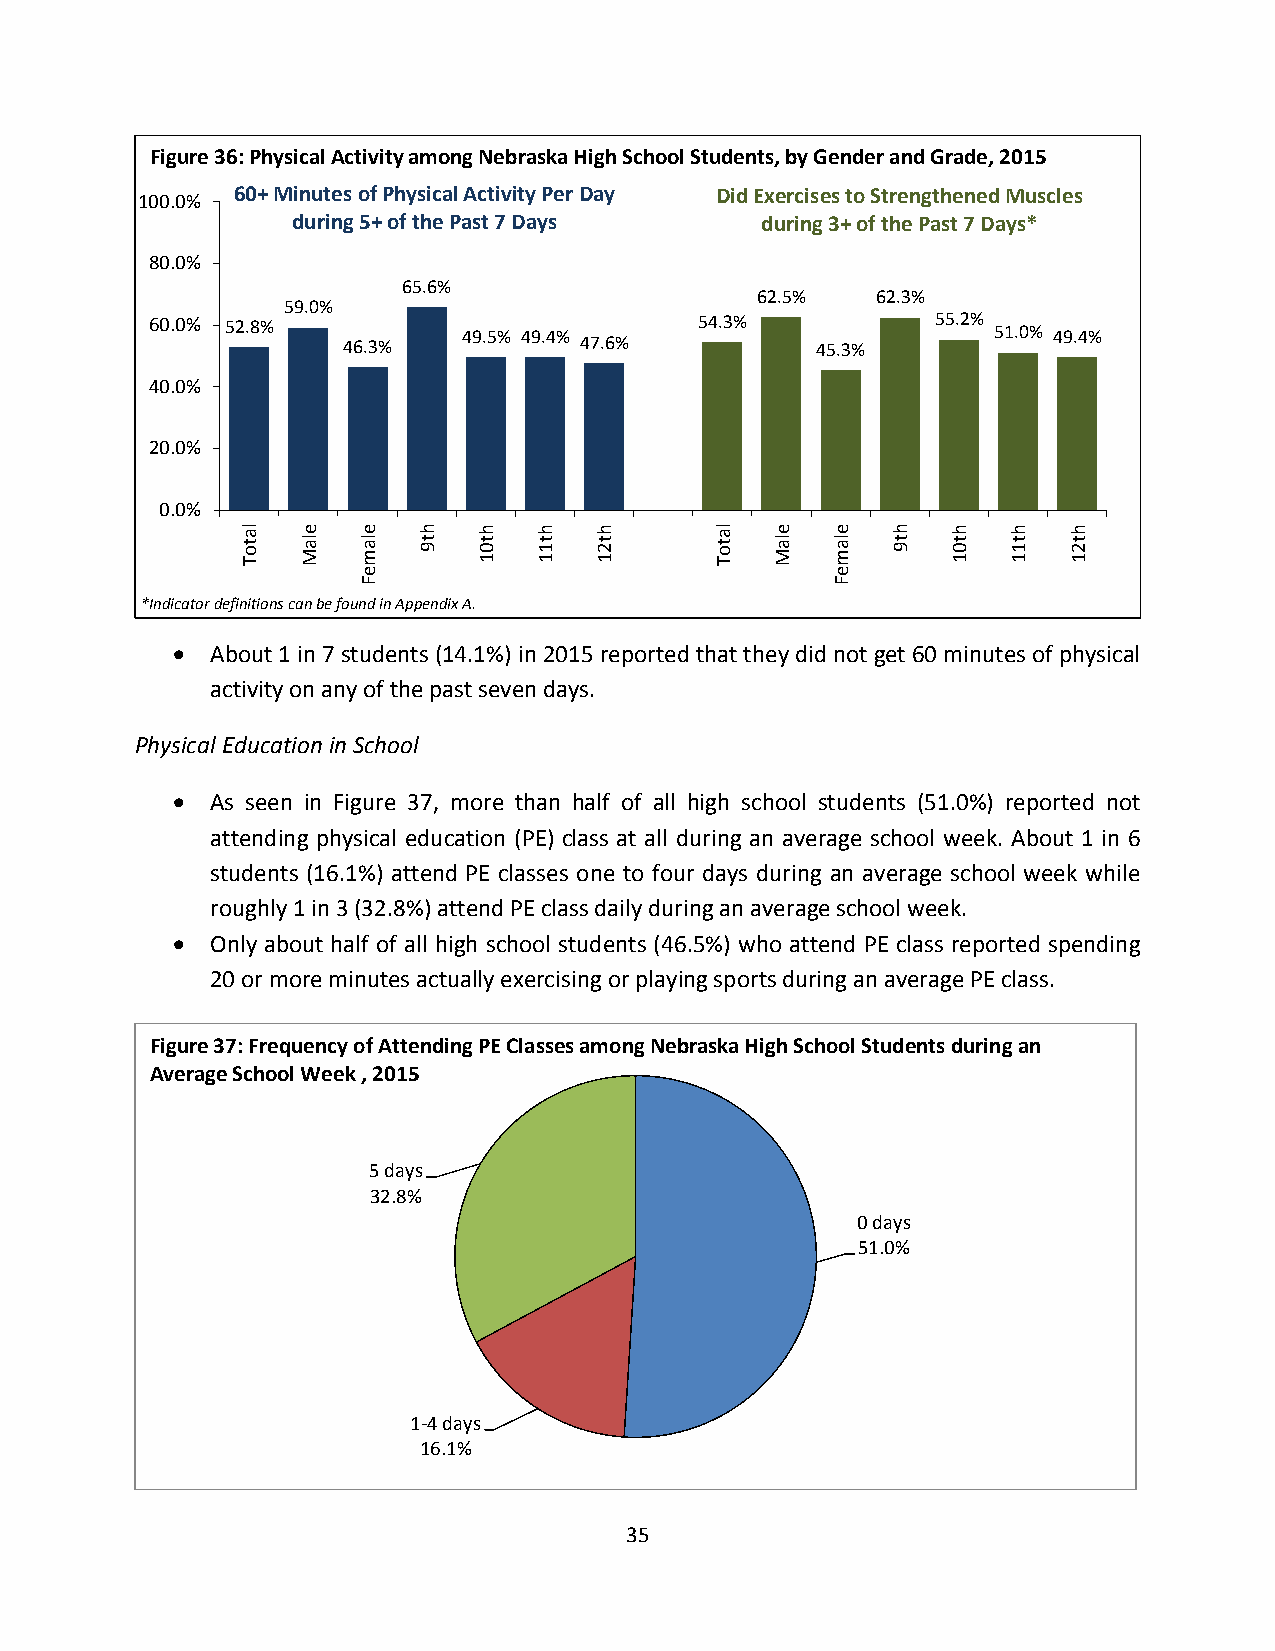
Figure 36: Physical Activity among Nebraska High School Students, by Gender and Grade, 2015
 100.0% 60+ Minutes of Physical Activity Per Day Did Exercises to Strengthened Muscles
 during 5+ of the Past 7 Days   during 3+ of the Past 7 Days*
 80.0%
 65.6%
 62.5%   62.3%
 59.0%
 60.0% 52.8%  46.3%   49.5% 49.4% 47.6% 54.3% 45.3%  55.2% 51.0% 49.4%
 40.0%
 20.0%
 0.0%
 la
 t o T
 e
 la M
 e
 la m
 h
 t 9
 h
 t 0 1
 h
 t 1 1
 h
 t 2 1
 la
 t o T
 e
 la M
 e
 la m
 h
 t 9
 h
 t 0 1
 h
 t 1 1
 h
 t 2 1
 e                              e
 F                              F
 *Indicator definitions can be found in Appendix A.
   About 1 in 7 students (14.1%) in 2015 reported that they did not get 60 minutes of physical
 activity on any of the past seven days.
 Physical Education in School
   As seen in Figure 37, more than half of all high school students (51.0%) reported not
 attending physical education (PE) class at all during an average school week. About 1 in 6
 students (16.1%) attend PE classes one to four days during an average school week while
 roughly 1 in 3 (32.8%) attend PE class daily during an average school week.
   Only about half of all high school students (46.5%) who attend PE class reported spending
 20 or more minutes actually exercising or playing sports during an average PE class.
 Figure 37: Frequency of Attending PE Classes among Nebraska High School Students during an
 Average School Week , 2015
 5 days
 32.8%
 0 days
 51.0%
 1-4 days
 16.1%
 35